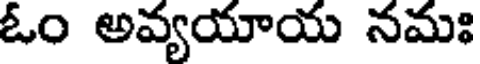
ఓం అవ్యయాయ నమః